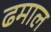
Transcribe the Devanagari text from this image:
ढमाल